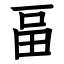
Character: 畐